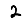
Digit: 2